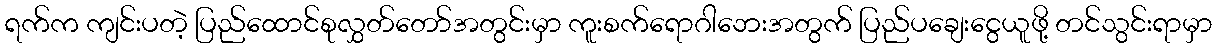
ရက်က ကျင်းပတဲ့ ပြည်ထောင်စုလွှတ်တော်အတွင်းမှာ ကူးစက်ရောဂါဘေးအတွက် ပြည်ပချေးငွေယူဖို့ တင်သွင်းရာမှာ